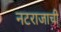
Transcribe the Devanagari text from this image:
नटराजाची